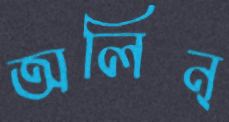
অলিন্